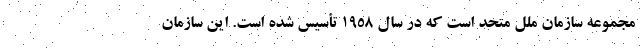
مجموعه سازمان ملل متحد است که در سال ۱۹۵۸ تأسیس شده است. این سازمان